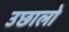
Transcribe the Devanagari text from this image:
उछालो